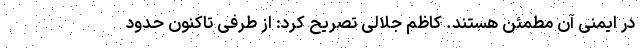
در ایمنی آن مطمئن هستند. کاظم جلالی تصریح کرد: از طرفی تاکنون حدود